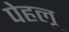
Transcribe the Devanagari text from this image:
पेहलू